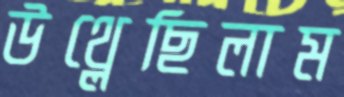
উথ্‌লেছিলাম